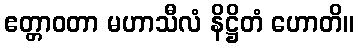
ဧတ္တာဝတာ မဟာသီလံ နိဋ္ဌိတံ ဟောတိ။